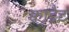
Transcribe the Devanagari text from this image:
क्वाड्रैंट